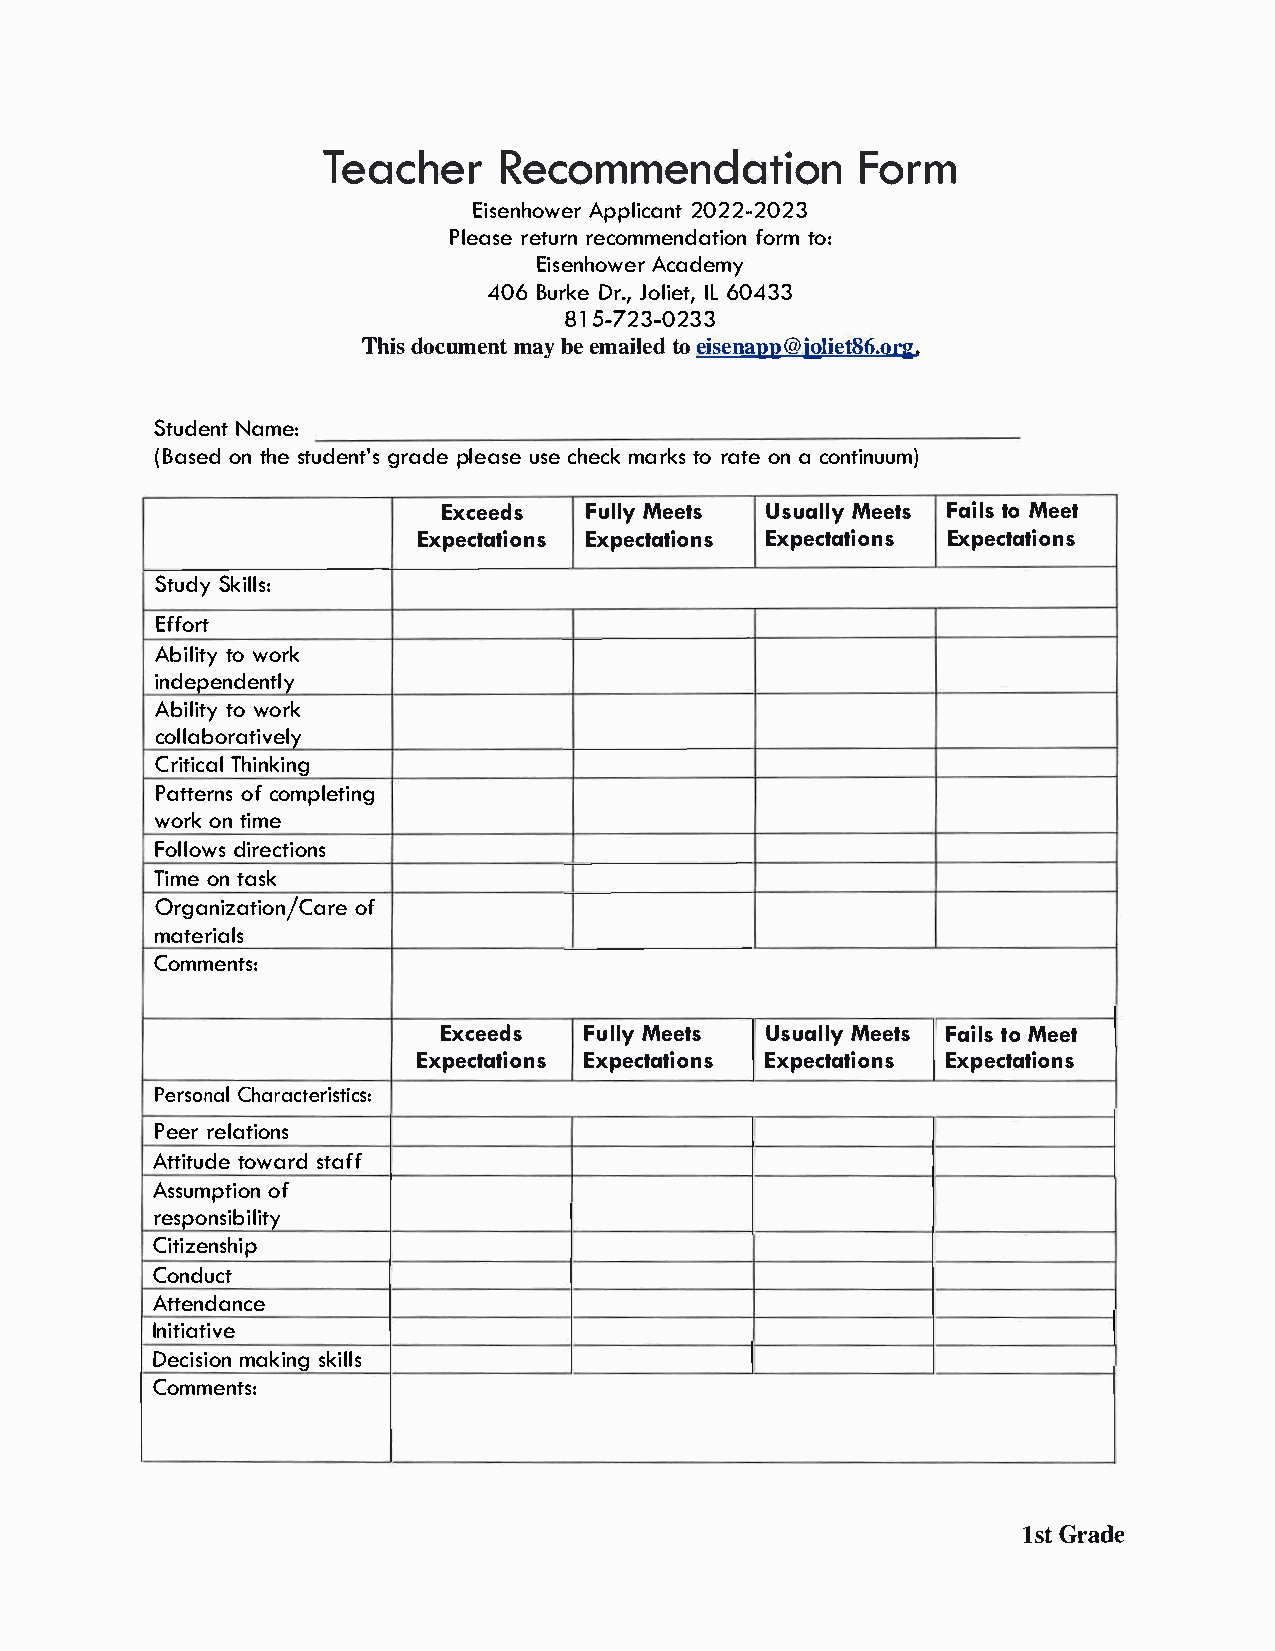
TeachReerc           ommendFaotrimo              n
 EisenhAopwpelri2 c0a2n2t- 2023
 Plearseetr uercno mmenfdoarttmoi :o n
 EisenhAocwaedre my
 406B urDkreJ. o,l Ii6Le0 t4,3 3
 815 -723-0233
 Thidso cummeanbyte e maitloee ids e@njoaJpipet.8 6.org
 StudNeanmte :
 (Basoentd h set udgernatdp'els e aussceeh emcakr tkors a toena c ontinuum)
 ExceedsF   ulMleye ts UsualMleye tsF aitloMs e et
 ExpectatiEoxnpse ctatiEoxnpse ctatiEoxnpse ctations
 StuSdkyi lls:
 Effort
 Abiltiowt oyr k
 independently
 Abiltiowt oyr k
 collaboratively
 CritTihcianlk ing
 Pattoefcr onmsp leting
 woroknt ime
 Folldoiwrse ctions
 Timoent ask
 Organizatoifo    n/Care
 materials
 Comments:
 ExceedsF   ulMleye ts UsualMleye tsF aitloMs e et
 ExpectatiEoxnpse ctatiEoxnpse ctatiEoxnpse ctations
 PersCohnaarla cteristics:
 Peerre lations
 Attittouwdaesr tda ff
 Assumpotfi  on
 responsibility
 Citizenship
 Conduct
 Attendance
 Initiative
 Decimsaikoinsn kgi lls
 Comments:
 1sGtr ade